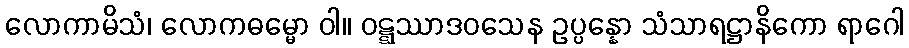
လောကာမိသံ၊ လောကဓမ္မော ဝါ။ ဝဋ္ဋဿာဒဝသေန ဥပ္ပန္နော သံသာရဋ္ဌာနိကော ရာဂေါ